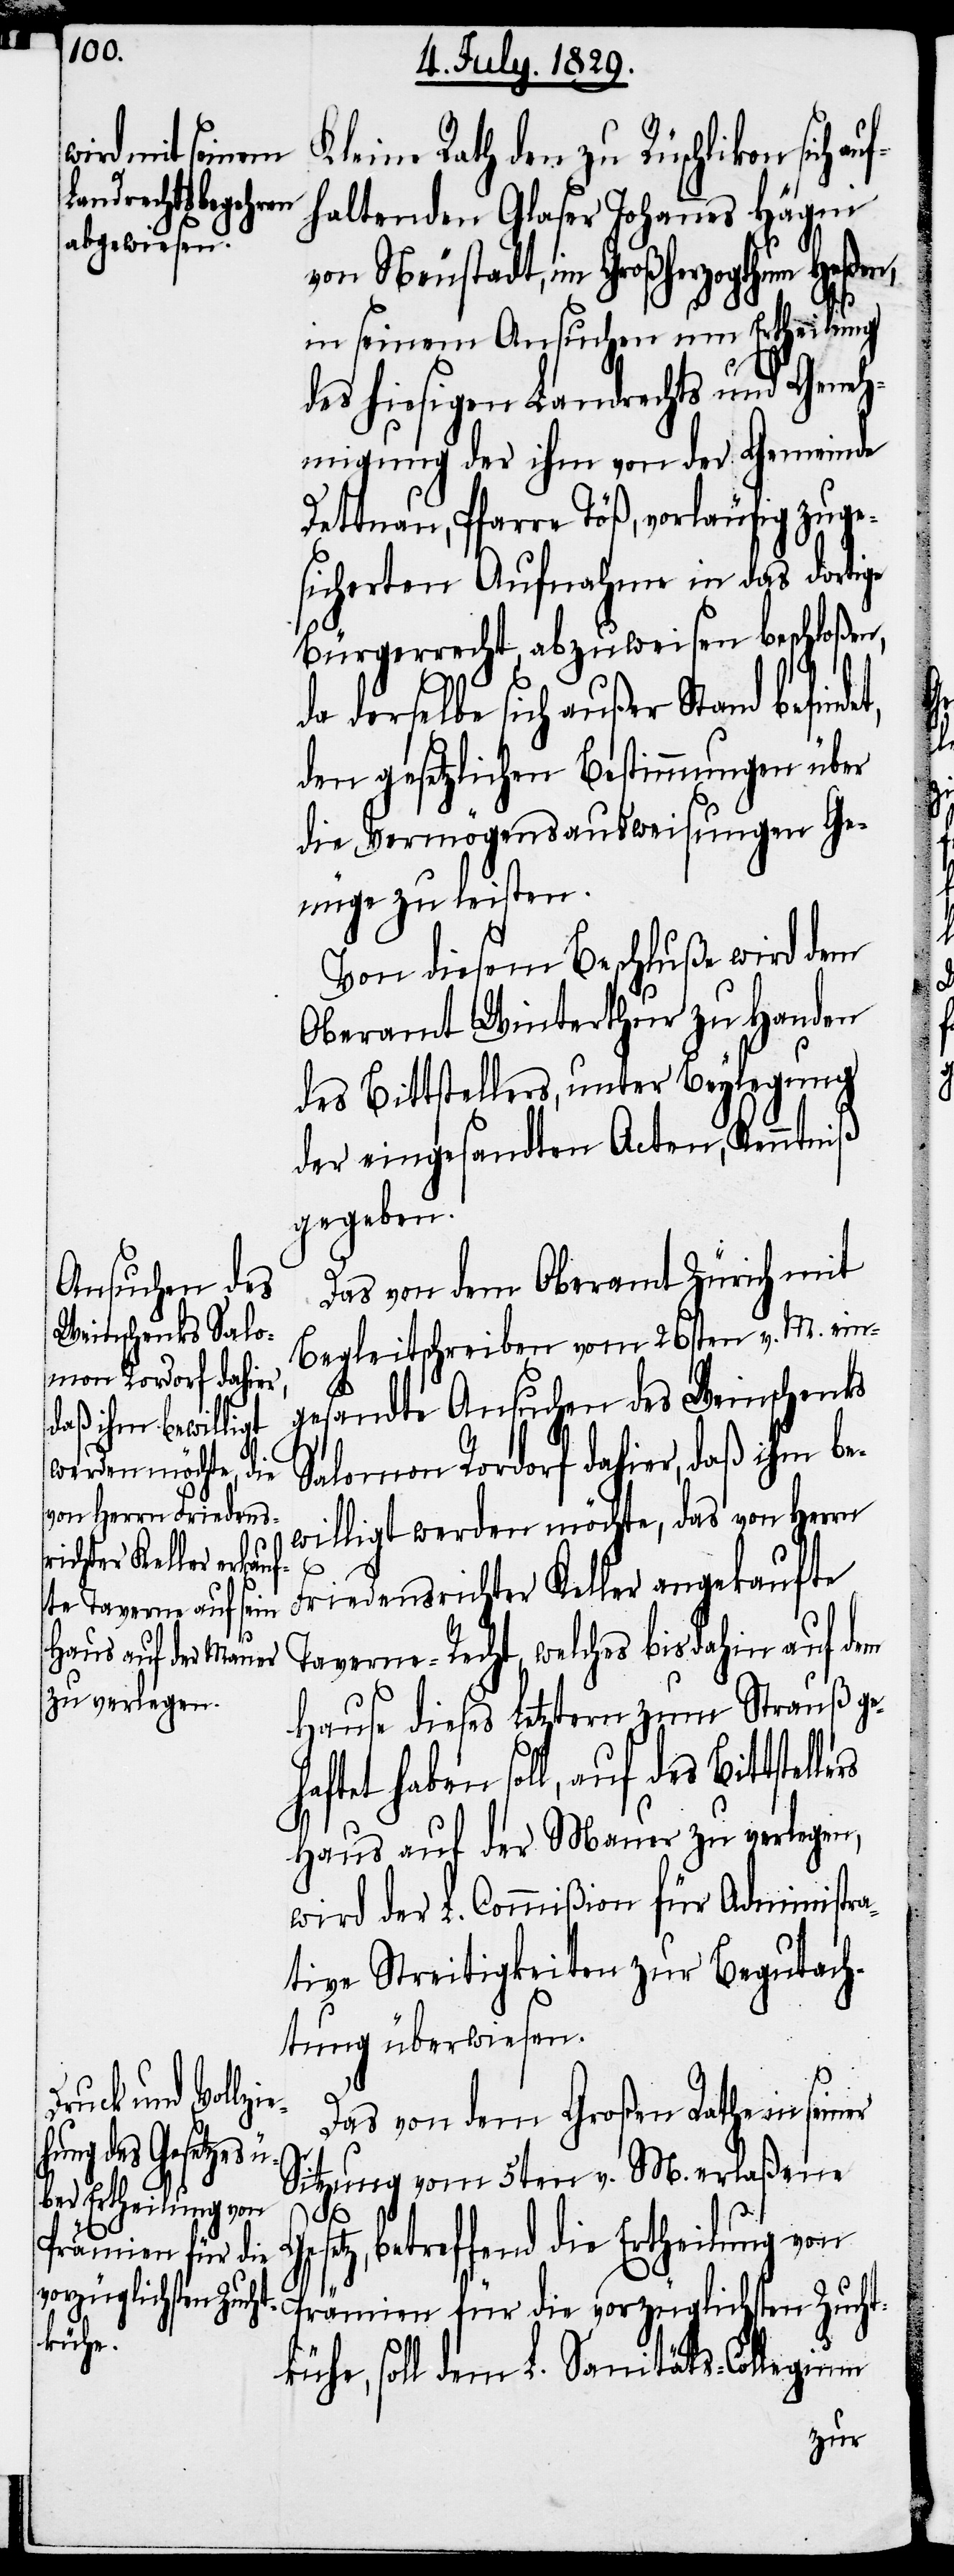
Kleine Rath den zu Rüschlikon sich
fhaltenden Glaser Johannes Hägni
von Neustadt, im Großherzogthum Heßen,
in seinem Ansuchen um Ertheilung
des hiesigen Landrechts und Geneh¬
migung der ihm von der Gemeinde
Dettnau, Pfarre Töß, vorläufig zuge¬
sicherten Aufnahme in das dortige
Bürgerrecht, abzuweisen beschloßen,
da derselbe sich außer Stand befind¬
den gesetzlichen Bestimmungen über
die Vermögensausweisungen Ge¬
nüge zu leisten.
Von diesem Beschluße wird dem
Oberamt Winterthur zu Handen
des Bittstellers, unter Beylegung
der eingesandten Acten, Kenntniß
gegeben.
Das von dem Oberamt Zürich mit
Begleitschreiben vom 26sten v. M. ein¬
gesandte Ansuchen des Weinschenks
Salomon Rordorf dahier, daß ihm be¬
willigt werden möchte, das von Herrn
er
Friedensrichter Keller angekaufte
Taverne-Recht, welches bisdahin auf dem
Hause dieses Letztern zum Strauß geh¬
aftet haben soll, auf des Bittstel¬
Haus auf der Mauer zu verlegen,
wird der L. Commißion für Administra¬
tive Streitigkeiten zur Begutach¬
tung überwiesen.
Das von dem Großen Rathe in sein¬
Sitzung vom 5ten v. M. erlaßene
betreffend die Ertheilung von
Prämien für die
Zucht¬
kühe, soll dem L. Sanitäts-Collegium